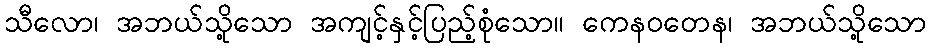
သီလော၊ အဘယ်သို့သော အကျင့်နှင့်ပြည့်စုံသော။ ကေနဝတေန၊ အဘယ်သို့သော